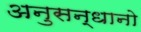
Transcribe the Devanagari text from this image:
अनुसन्धानो